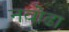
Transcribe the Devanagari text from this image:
नवोढा